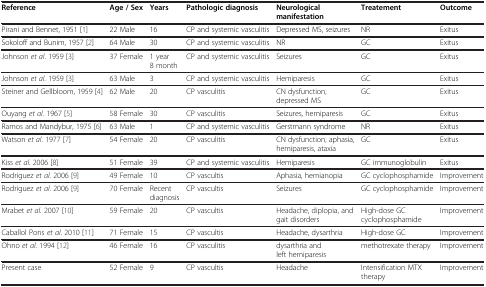
<table><thead><tr><td><b>Reference</b></td><td><b>Age / Sex</b></td><td><b>Years</b></td><td><b>Pathologic diagnosis</b></td><td><b>Neurological manifestation</b></td><td><b>Treatement</b></td><td><b>Outcome</b></td></tr></thead><tbody><tr><td>Pirani and Bennet, 1951 [1]</td><td>22 Male</td><td>16</td><td>CP and systemic vasculitis</td><td>Depressed MS, seizures</td><td>NR</td><td>Exitus</td></tr><tr><td>Sokoloff and Bunim, 1957 [2]</td><td>64 Male</td><td>30</td><td>CP and systemic vasculitis</td><td>NR</td><td>GC</td><td>Exitus</td></tr><tr><td>Johnson <i>et al</i>. 1959 [3]</td><td>37 Female</td><td>1 year 8 month</td><td>CP and systemic vasculitis</td><td>Seizures</td><td>GC</td><td>Exitus</td></tr><tr><td>Johnson <i>et al.</i> 1959 [3]</td><td>63 Male</td><td>3</td><td>CP and systemic vasculitis</td><td>Hemiparesis</td><td>GC</td><td>Exitus</td></tr><tr><td>Steiner and Gellbloom, 1959 [4]</td><td>62 Male</td><td>20</td><td>CP vasculitis</td><td>CN dysfunction, depressed MS</td><td>GC</td><td>Exitus</td></tr><tr><td>Ouyang <i>et al</i>. 1967 [5]</td><td>58 Female</td><td>30</td><td>CP vasculitis</td><td>Seizures, hemiparesis</td><td>GC</td><td>Exitus</td></tr><tr><td>Ramos and Mandybur, 1975 [6]</td><td>63 Male</td><td>1</td><td>CP and systemic vasculitis</td><td>Gerstmann syndrome</td><td>NR</td><td>Exitus</td></tr><tr><td>Watson <i>et al</i>. 1977 [7]</td><td>54 Female</td><td>20</td><td>CP vasculitis</td><td>CN dysfunction, aphasia, hemiparesis, ataxia</td><td>GC</td><td>Exitus</td></tr><tr><td>Kiss <i>et al.</i> 2006 [8]</td><td>51 Female</td><td>39</td><td>CP and systemic vasculitis</td><td>Hemiparesis</td><td>GC immunoglobulin</td><td>Exitus</td></tr><tr><td>Rodriguez <i>et al</i>. 2006 [9]</td><td>49 Female</td><td>10</td><td>CP vascultis</td><td>Aphasia, hemianopia</td><td>GC cyclophosphamide</td><td>Improvement</td></tr><tr><td>Rodriguez <i>et al</i>. 2006 [9]</td><td>70 Female</td><td>Recent diagnosis</td><td>CP vascultis</td><td>Seizures</td><td>GC cyclophosphamide</td><td>Improvement</td></tr><tr><td>Mrabet <i>et al.</i> 2007 [10]</td><td>59 Female</td><td>20</td><td>CP vascultis</td><td>Headache, diplopia, and gait disorders</td><td>High-dose GC cyclophosphamide</td><td>Improvement</td></tr><tr><td>Caballol Pons <i>et al</i>. 2010 [11]</td><td>71 Female</td><td>15</td><td>CP vascultis</td><td>Headache, dysarthria</td><td>High-dose GC</td><td>Improvement</td></tr><tr><td>Ohno <i>et al</i>. 1994 [12]</td><td>46 Female</td><td>16</td><td>CP vasculitis</td><td>dysarthria and left hemiparesis</td><td>methotrexate therapy</td><td>Improvement</td></tr><tr><td>Present case</td><td>52 Female</td><td>9</td><td>CP vascultis</td><td>Headache</td><td>Intensification MTX therapy</td><td>Improvement</td></tr></tbody></table>